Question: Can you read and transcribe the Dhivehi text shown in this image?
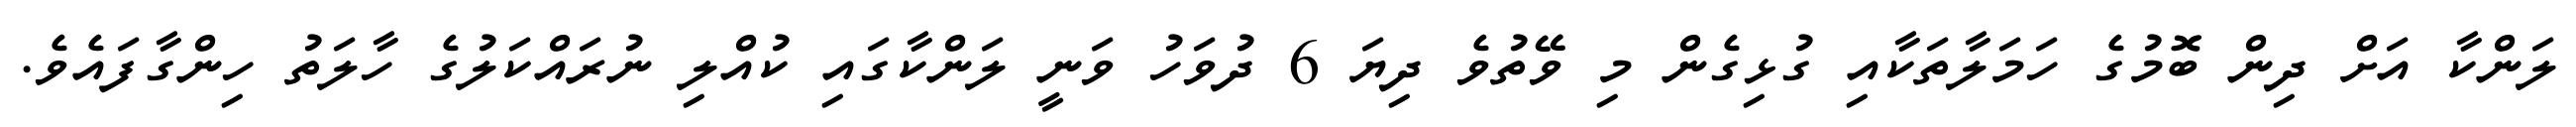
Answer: ލަންކާ އަށް ދިން ބޮމުގެ ހަމަލާތަކާއި ގުޅިގެން މި ވޭތުވެ ދިޔަ 6 ދުވަހު ވަނީ ލަންކާގައި ކުއްލި ނުރައްކަލުގެ ހާލަތު ހިންގާފައެވެ.